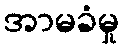
အာမခံမှု